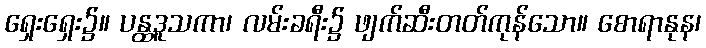
ရှေးရှေး၌။ ပန္ထဒူသကာ၊ လမ်းခရီး၌ ဖျက်ဆီးတတ်ကုန်သော။ စောရာနုန၊